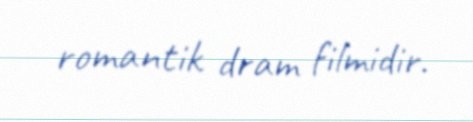
romantik dram filmidir.